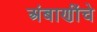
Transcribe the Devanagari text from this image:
अंबाणींचे